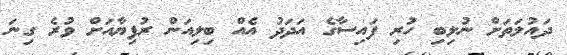
ދައުލަތަށް ނުލިބި ހުރި ފައިސާގެ އަދަދު އެއް ބިލިއަން ރުފިޔާއަށް ވުރެ ގިނަ